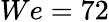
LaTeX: We=72